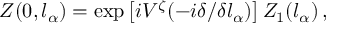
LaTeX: Z ( 0 , l _ { \alpha } ) = \exp \left[ i V ^ { \zeta } ( - i \delta / \delta l _ { \alpha } ) \right] Z _ { 1 } ( l _ { \alpha } ) \, ,